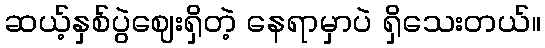
ဆယ့်နှစ်ပွဲဈေးရှိတဲ့ နေရာမှာပဲ ရှိသေးတယ်။